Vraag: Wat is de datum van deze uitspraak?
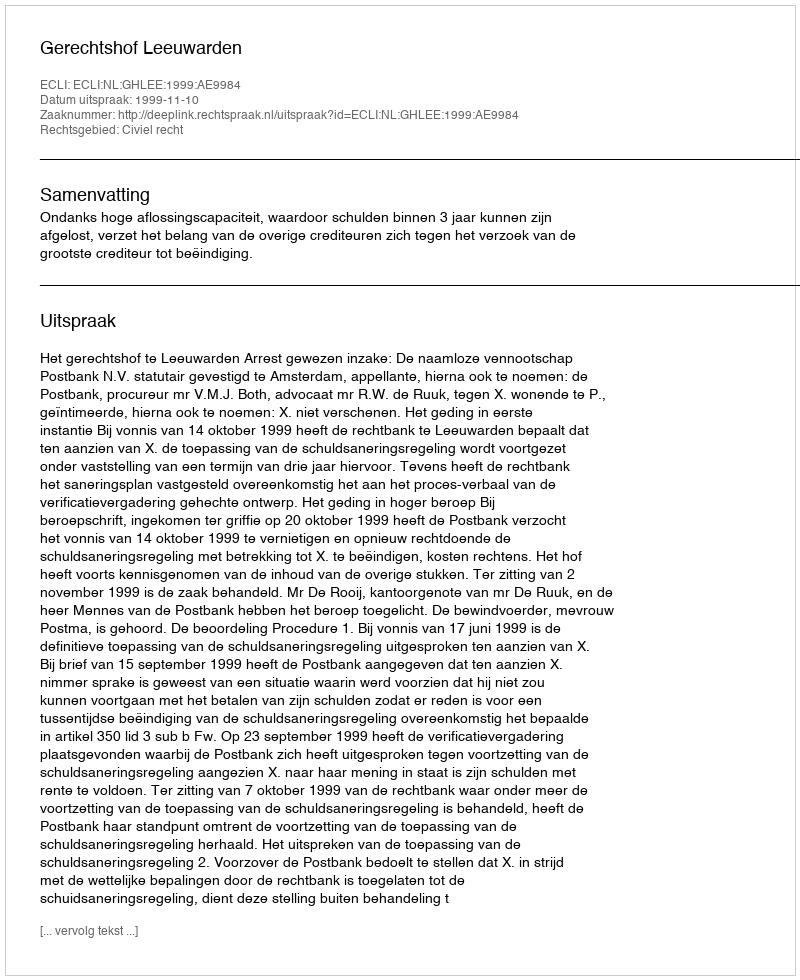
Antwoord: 1999-11-10